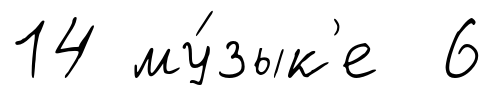
14 му́зык'е 6